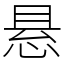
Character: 悬